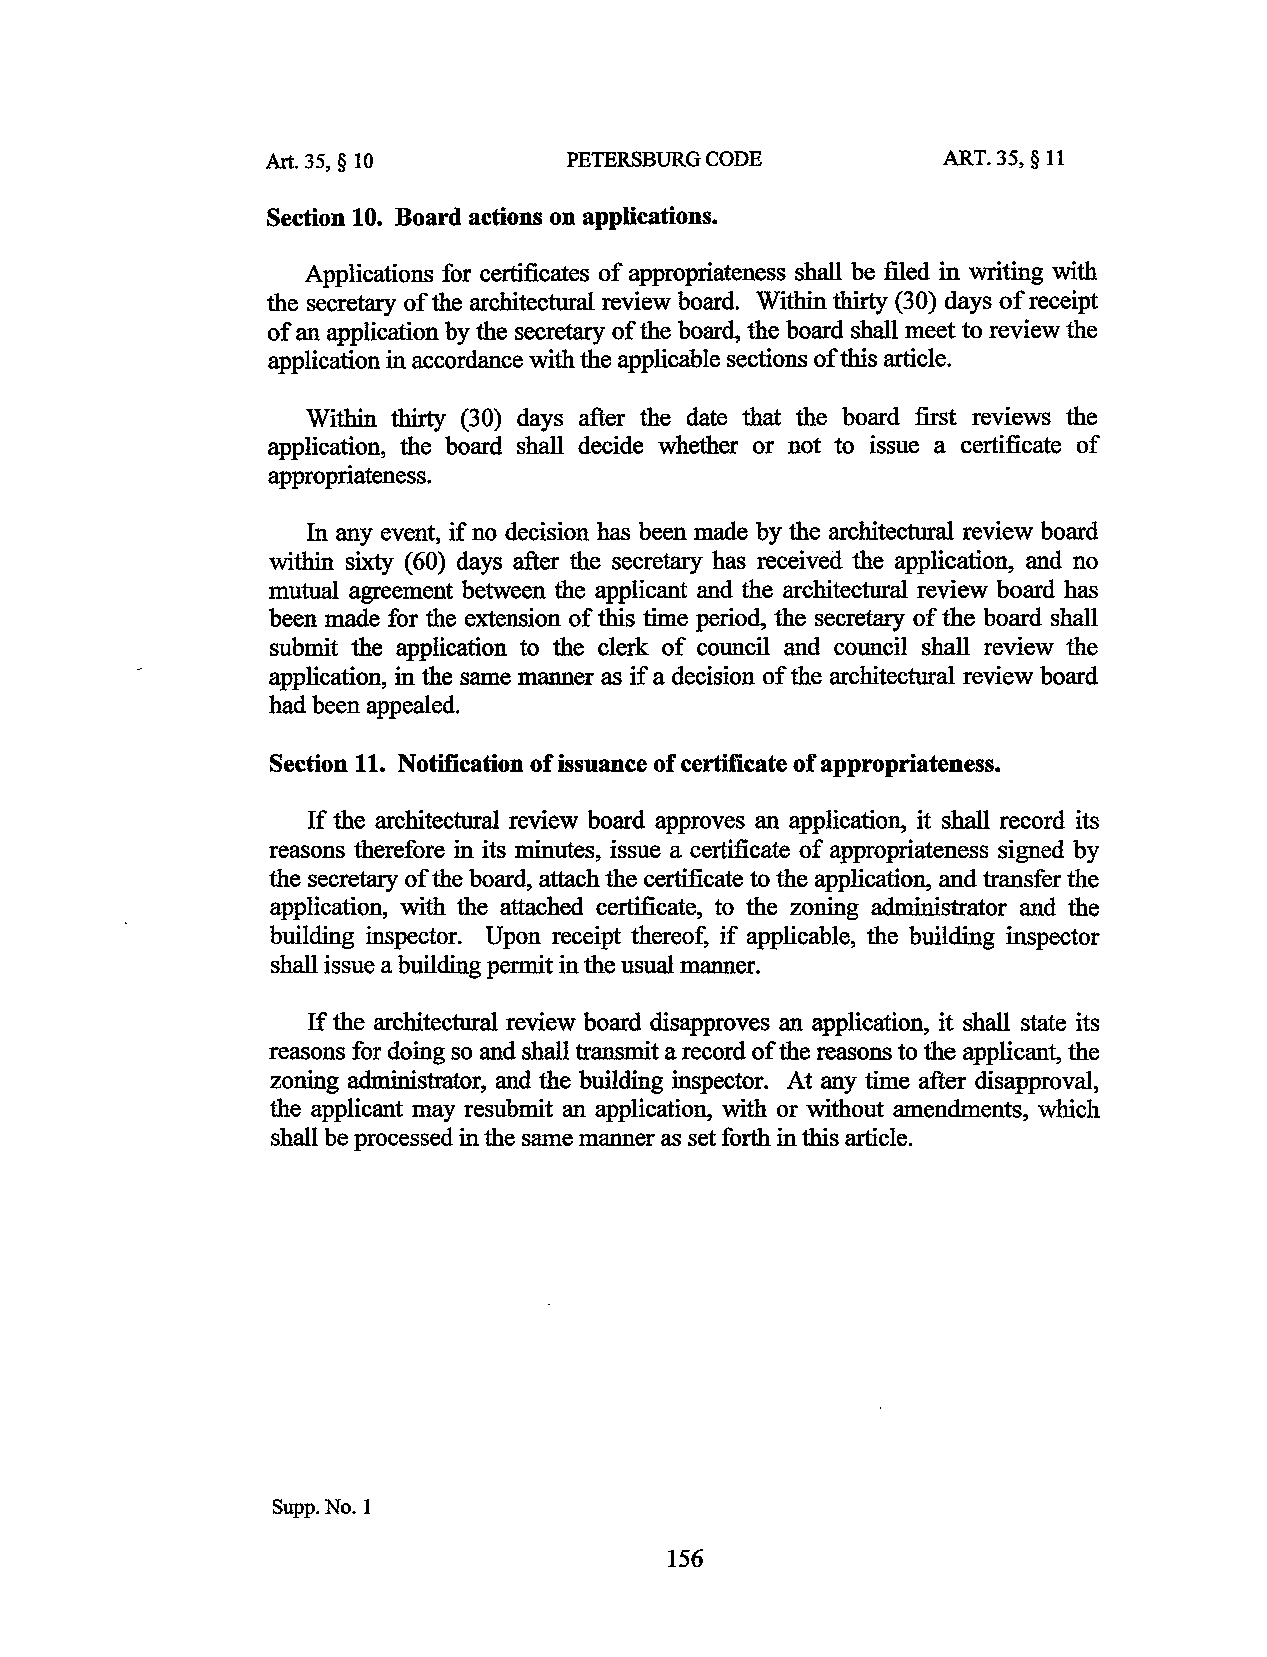
Art. 35, § 10       PETERSBURG CODE          ART. 35, § 11
 Section 10. Board actions on applications.
 Applications for certificates of appropriateness shall be filed in writing with
 the secretary of the architectural review board. Within thirty (30) days of receipt
 of an application by the secretary of the board, the board shall meet to review the
 application in accordance with the applicable sections of this article.
 Within thirty (30) days after the date that the board first reviews the
 application, the board shall decide whether or not to issue a certificate of
 appropriateness.
 In any event, if no decision has been made by the architectural review board
 within sixty (60) days after the secretary has received the application, and no
 mutual agreement between the applicant and the architectural review board has
 been made for the extension of this time period, the secretary of the board shall
 submit the application to the clerk of council and council shall review the
 application, in the same manner as if a decision of the architectural review board
 had been appealed.
 Section 11. Notification of issuance of certificate of appropriateness.
 If the architectural review board approves an application, it shall record its
 reasons therefore in its minutes, issue a certificate of appropriateness signed by
 the secretary of the board, attach the certificate to the application, and transfer the
 application, with the attached certificate, to the zoning administrator and the
 building inspector. Upon receipt thereof, if applicable, the building inspector
 shall issue a building permit in the usual manner.
 If the architectural review board disapproves an application, it shall state its
 reasons for doing so and shall transmit a record of the reasons to the applicant, the
 zoning administrator, and the building inspector. At any time after disapproval,
 the applicant may resubmit an application, with or without amendments, which
 shall be processed in the same manner as set forth in this article.
 Supp.No.l
 156